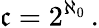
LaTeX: {\mathfrak{c}}=2^{\aleph_{0}}\, .